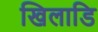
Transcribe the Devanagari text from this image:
खिलाडि